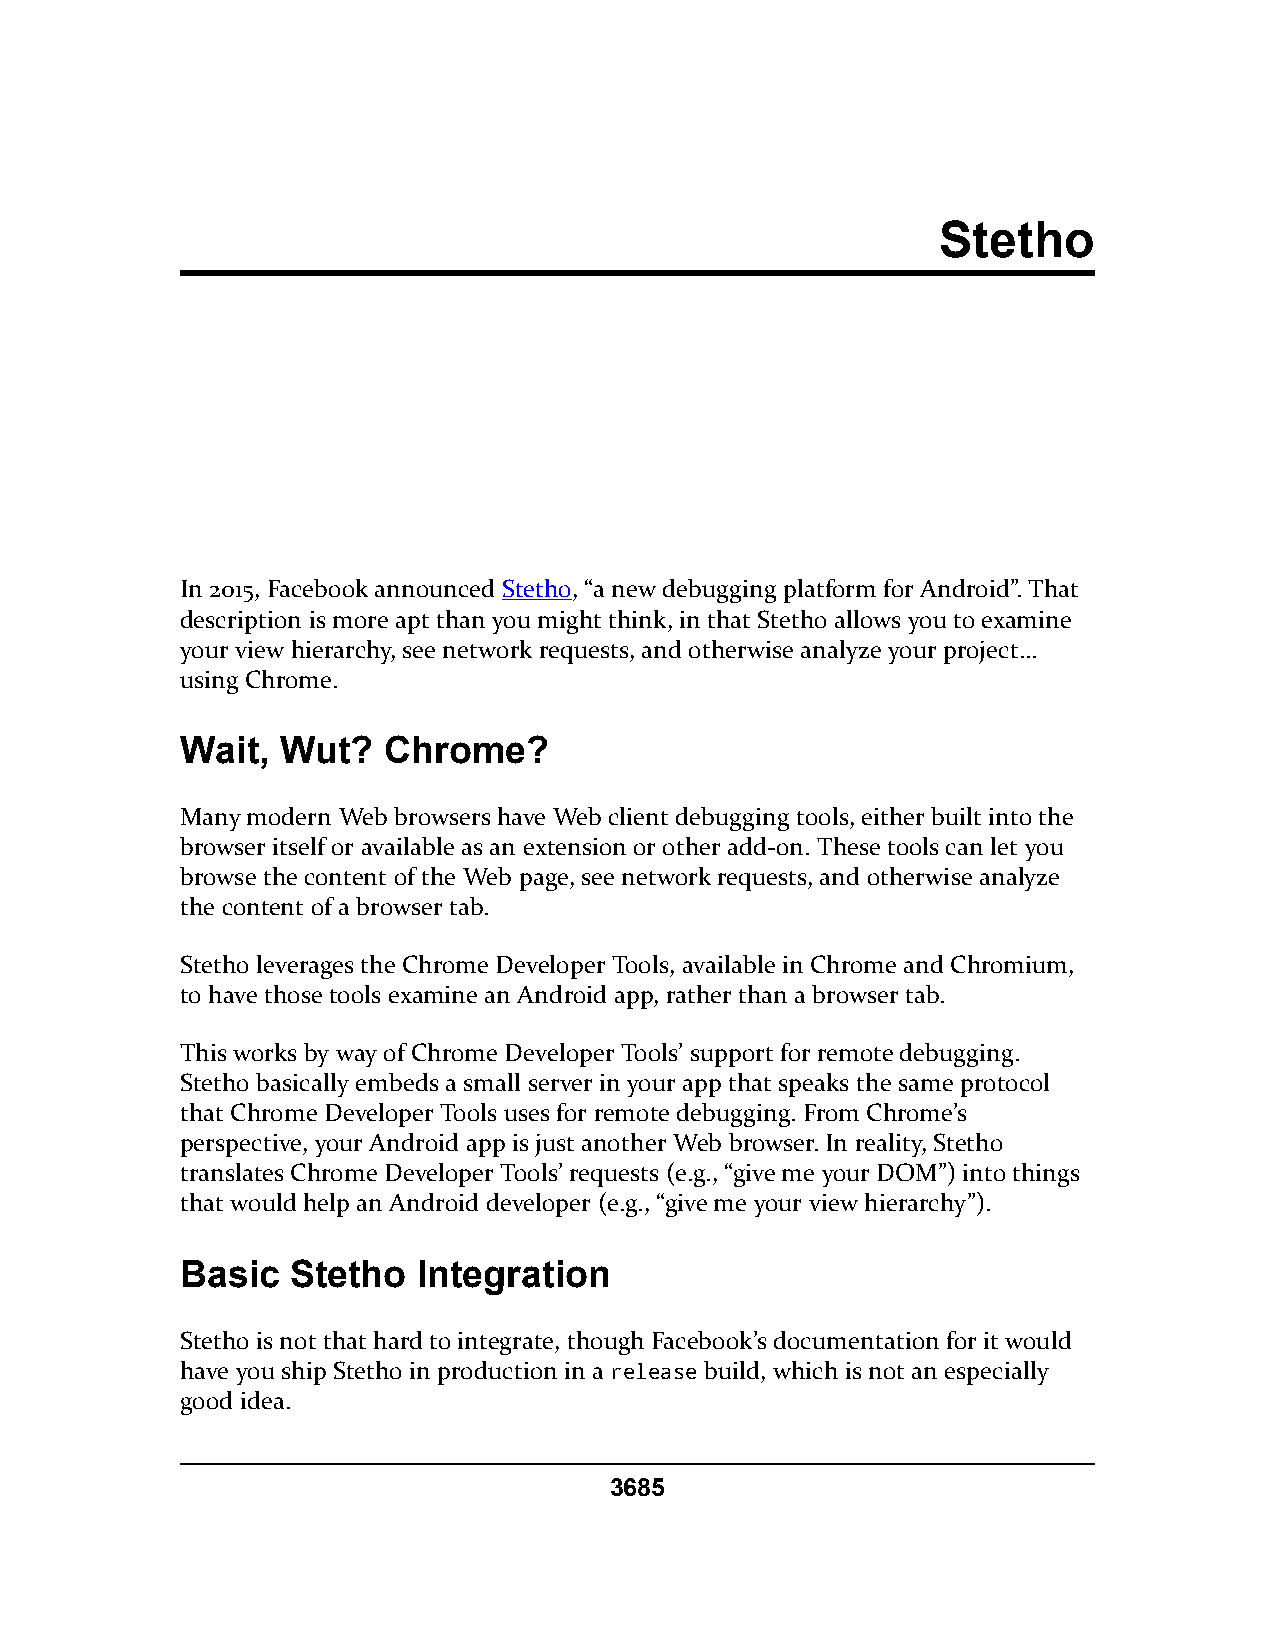
Stetho
 In 2015, Facebook announced Stetho, “a new debugging platform for Android”. That
 description is more apt than you might think, in that Stetho allows you to examine
 your view hierarchy, see network requests, and otherwise analyze your project…
 using Chrome.
 Wait,  Wut?  Chrome?
 Many modern Web browsers have Web client debugging tools, either built into the
 browser itself or available as an extension or other add-on. These tools can let you
 browse the content of the Web page, see network requests, and otherwise analyze
 the content of a browser tab.
 Stetho leverages the Chrome Developer Tools, available in Chrome and Chromium,
 to have those tools examine an Android app, rather than a browser tab.
 This works by way of Chrome Developer Tools’ support for remote debugging.
 Stetho basically embeds a small server in your app that speaks the same protocol
 that Chrome Developer Tools uses for remote debugging. From Chrome’s
 perspective, your Android app is just another Web browser. In reality, Stetho
 translates Chrome Developer Tools’ requests (e.g., “give me your DOM”) into things
 that would help an Android developer (e.g., “give me your view hierarchy”).
 Basic  Stetho   Integration
 Stetho is not that hard to integrate, though Facebook’s documentation for it would
 have you ship Stetho in production in a release build, which is not an especially
 good idea.
 3685